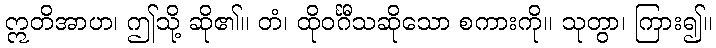
ဣတိအာဟ၊ ဤသို့ ဆို၏။ တံ၊ ထိုဝင်္ဂီသဆိုသော စကားကို။ သုတွာ၊ ကြား၍။